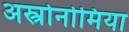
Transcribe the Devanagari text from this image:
अस्त्रोनोमिया